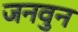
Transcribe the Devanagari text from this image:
जनवुन